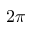
2 \pi